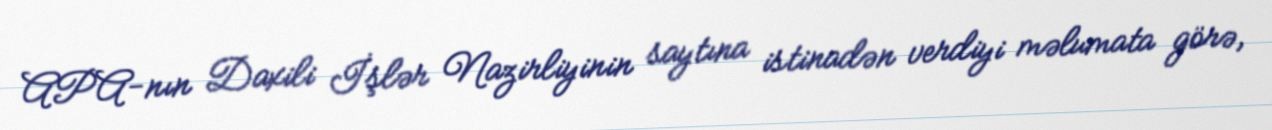
APA-nın Daxili İşlər Nazirliyinin saytına istinadən verdiyi məlumata görə,